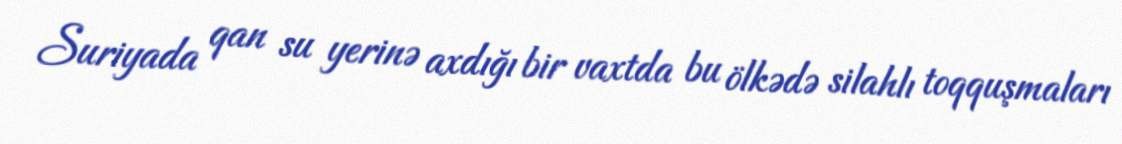
Suriyada qan su yerinə axdığı bir vaxtda bu ölkədə silahlı toqquşmaları